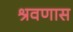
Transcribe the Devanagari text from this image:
श्रवणास